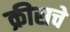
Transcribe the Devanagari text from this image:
क्रीसचे